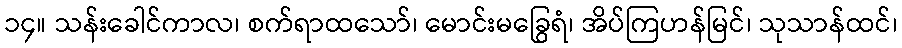
၁၄။ သန်းခေါင်ကာလ၊ စက်ရာထသော်၊ မောင်းမခြွေရံ၊ အိပ်ကြဟန်မြင်၊ သုသာန်ထင်၊